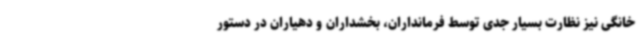
خانگی نیز نظارت بسیار جدی توسط فرمانداران، بخشداران و دهیاران در دستور